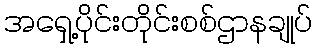
အရှေ့ပိုင်းတိုင်းစစ်ဌာနချုပ်